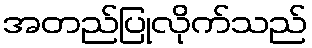
အတည်ပြုလိုက်သည်